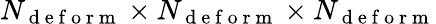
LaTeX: N_{\mathrm{~d~e~f~o~r~m~}}\times N_{\mathrm{~d~e~f~o~r~m~}}\times N_{\mathrm{~d~e~f~o~r~m~}}